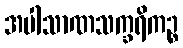
အပါသာဏသက္ခရိကဉ္စ